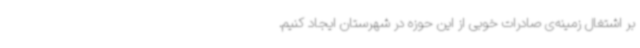
بر اشتغال زمینه‌ی صادرات خوبی از این حوزه در شهرستان ایجاد کنیم.